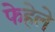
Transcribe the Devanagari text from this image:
फेहेले